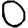
Digit: 0